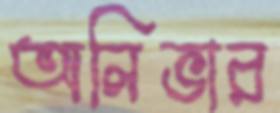
অলিভার